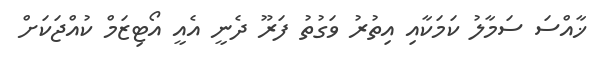
ޚާއްސަ ސަމާލު ކަމަކާއި އިތުރު ވަގުތު ފަރޫ ދެނީ އެއީ އޯޓިޒަމް ކުއްޖަކަށް